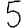
Digit: 5